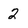
Character: 2